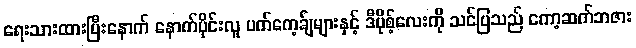
ရေးသားထားပြီးနောက် နောက်ပိုင်းလူ ပက်ကေ့ခ်ျများနှင့် ဒီပိုစ့်လေးကို သင်ပြသည် ကော့ဆက်ဘဇား